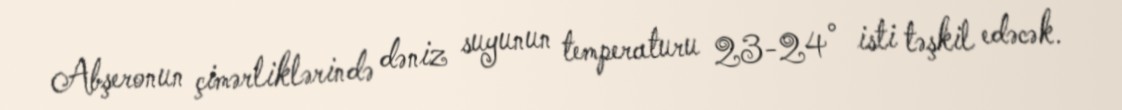
Abşeronun çimərliklərində dəniz suyunun temperaturu 23-24° isti təşkil edəcək.